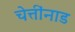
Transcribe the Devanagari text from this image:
चेत्तींनाड